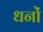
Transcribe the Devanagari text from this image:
धनों